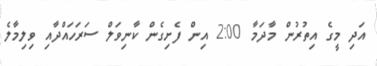
އަދި މީގެ އިތުރުން މާދަމާ 2:00 އިން ފެށިގެން ކާނިވަލް ސަރަހައްދާއި ވިލިމާލެ